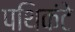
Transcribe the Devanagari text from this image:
पथिकंटे